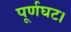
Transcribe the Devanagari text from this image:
पूर्णघट।